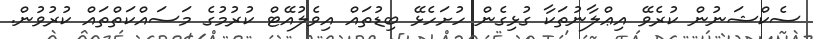
ސެކްޝަނުން ކުރެވޭ އިޢްލާނުތަކާ ގުޅިގެން ހުށަހެޅޭ ބިޑުތައް އިވެލުއޭޓް ކުރުމުގެ މަސައްކަތްތައް ކުރުވުން.